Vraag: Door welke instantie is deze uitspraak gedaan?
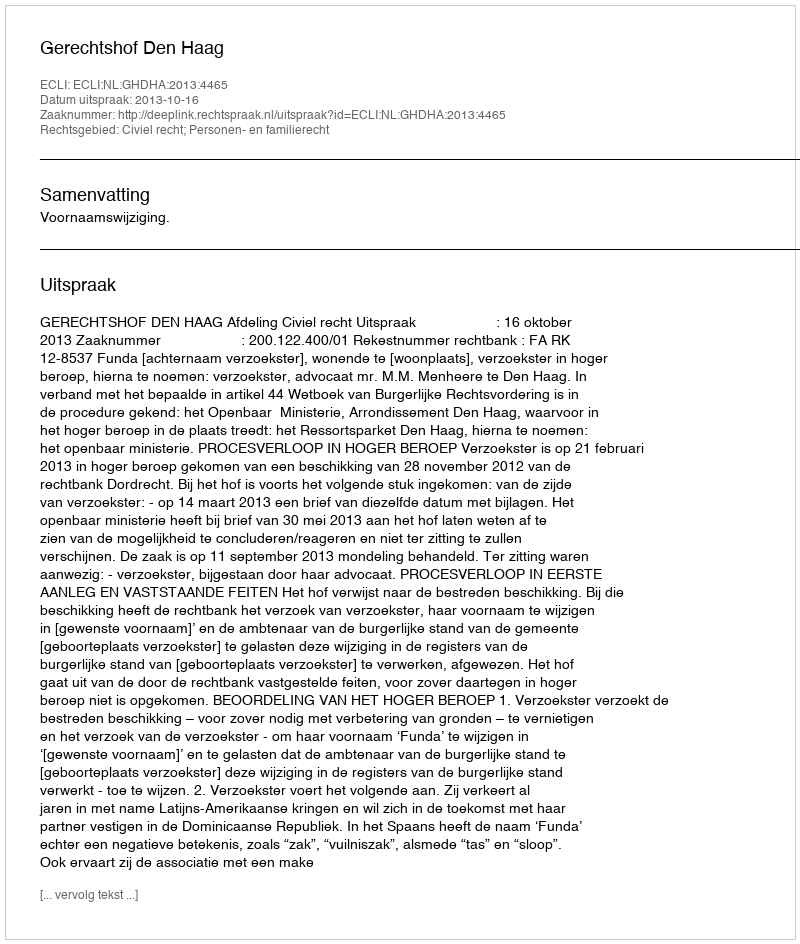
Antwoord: Gerechtshof Den Haag